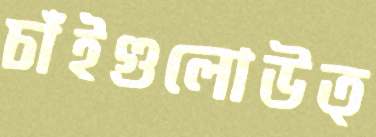
চাঁইগুলোউত্